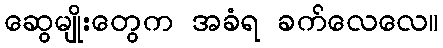
ဆွေမျိုးတွေက အခံရ ခက်လေလေ။